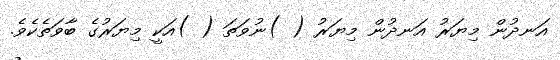
އަނދުން މިޔަރު އަނދުން މިޔަރު ( )ނުވަތަ ( )އަކީ މިޔަރުގެ ބާވަތެކެވެ.